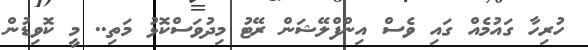
ހުރިހާ ގައުމެއް ގައި ވެސް އިންފްލޭޝަން ރޭޓު މިދުވަސްކޮޅު މަތި.. މީ ކޮވިޑުން